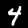
Label: 4